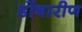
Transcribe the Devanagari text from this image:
डोंबारीण